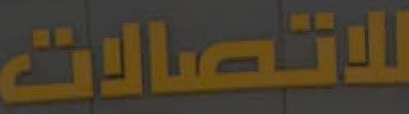
للاتصالات